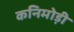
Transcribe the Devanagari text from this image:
कनिमोड़ी